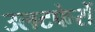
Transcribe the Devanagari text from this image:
उलटफेरों